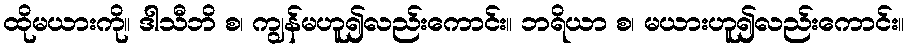
ထိုမယားကို။ ဒါသီဘိ စ၊ ကျွန်မဟူ၍လည်းကောင်း။ ဘရိယာ စ၊ မယားဟူ၍လည်းကောင်း။